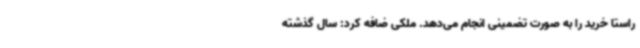
راستا خرید را به صورت تضمینی انجام می‌دهد. ملکی ضافه کرد: سال گذشته